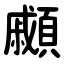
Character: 顣